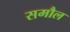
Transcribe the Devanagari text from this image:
समौल